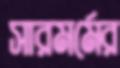
সারমর্মের